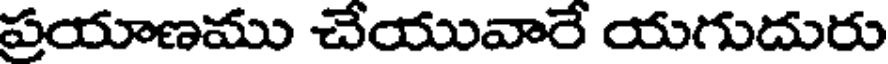
ప్రయాణము చేయువారే యగుదురు